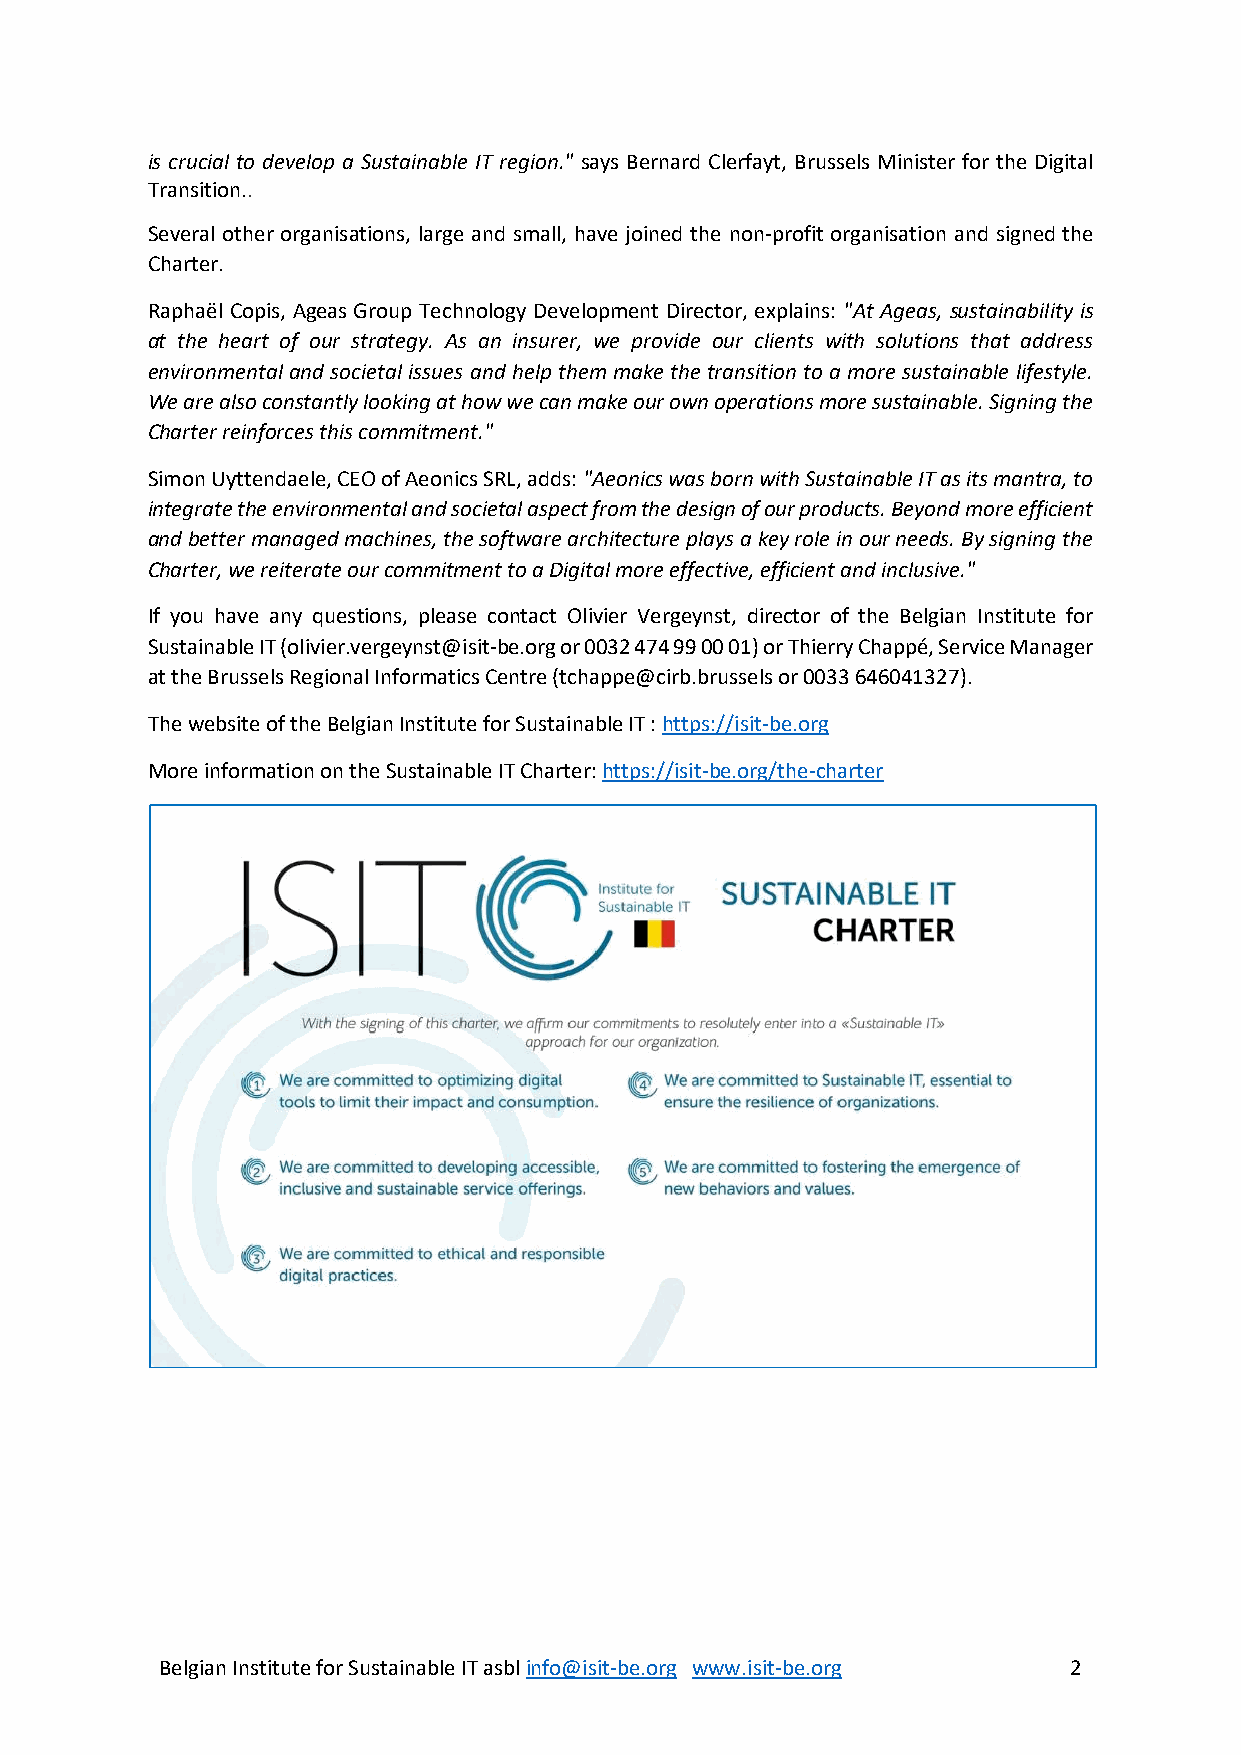
is crucial to develop a Sustainable IT region." says Bernard Clerfayt, Brussels Minister for the Digital
 Transition..
 Several other organisations, large and small, have joined the non-profit organisation and signed the
 Charter.
 Raphaël Copis, Ageas Group Technology Development Director, explains: "At Ageas, sustainability is
 at the heart of our strategy. As an insurer, we provide our clients with solutions that address
 environmental and societal issues and help them make the transition to a more sustainable lifestyle.
 We are also constantly looking at how we can make our own operations more sustainable. Signing the
 Charter reinforces this commitment."
 Simon Uyttendaele, CEO of Aeonics SRL, adds: "Aeonics was born with Sustainable IT as its mantra, to
 integrate the environmental and societal aspect from the design of our products. Beyond more efficient
 and better managed machines, the software architecture plays a key role in our needs. By signing the
 Charter, we reiterate our commitment to a Digital more effective, efficient and inclusive."
 If you have any questions, please contact Olivier Vergeynst, director of the Belgian Institute for
 Sustainable IT (olivier.vergeynst@isit-be.org or 0032 474 99 00 01) or Thierry Chappé, Service Manager
 at the Brussels Regional Informatics Centre (tchappe@cirb.brussels or 0033 646041327).
 The website of the Belgian Institute for Sustainable IT : https://isit-be.org
 More information on the Sustainable IT Charter: https://isit-be.org/the-charter
 Belgian Institute for Sustainable IT asbl info@isit-be.org www.isit-be.org 2